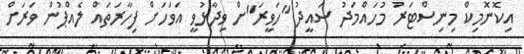
އިކޮނޮމިކް މިނިސްޓަރު މުހައްމަދު ސައީދު "ހަވީރަ"ށް ވިދާޅުވީ އަވަހަށް ފިހާރަތައް ލެއްޕުން ވަރަށް